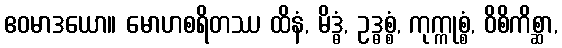
ဧဝမာဒယော။ မောဟစရိတဿ ထိနံ, မိဒ္ဓံ, ဥဒ္ဓစ္စံ, ကုက္ကုစ္စံ, ဝိစိကိစ္ဆာ,